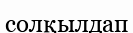
солқылдап